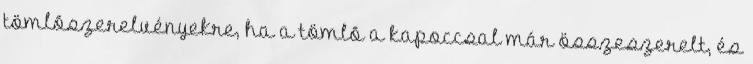
tömlõszerelvényekre, ha a tömlõ a kapoccsal már összeszerelt, és